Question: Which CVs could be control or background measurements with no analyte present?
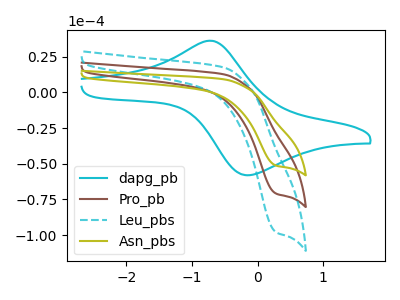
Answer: <think>The cyan curve "dapg_pb" has an anodic peak at (-0.70V, 36.05uA) and a cathodic peak at (-0.20V, -57.95uA). The brown curve "Pro_pb" has a cathodic peak at: (0.30V, -70.85uA). The cyan dashed curve "Leu_pbs" has a cathodic peak at: (0.30V, -141.70uA). The olive curve "Asn_pbs" has a cathodic peak at: (0.30V, -51.25uA).</think>
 <answer>There are not any CV's on this graph that are likely to be blanks.</answer>
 <eval>none</eval>